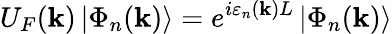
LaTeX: U_{F}(\textbf{k})\left|\Phi_{n}(\textbf{k})\right\rangle=e^{i\varepsilon_{n}(\textbf{k})L}\left|\Phi_{n}(\textbf{k})\right\rangle